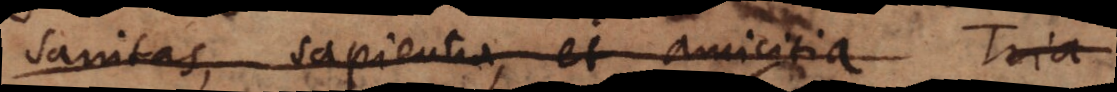
sanitas, sapientia, et amicitia (bbb)